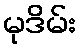
မုဒိမ်း